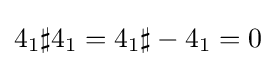
4_{1}\sharp 4_{1}=4_{1}\sharp -4_{1}=0